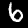
Label: 6